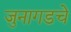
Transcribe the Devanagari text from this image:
जुनागडचे